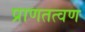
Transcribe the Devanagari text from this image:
प्राणतत्वण